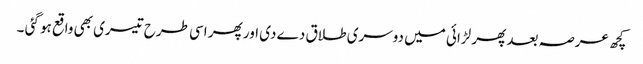
کچھ عرصہ بعد پھر لڑائی میں دوسری طلاق دے دی اور پھر اسی طرح تیسری بھی واقع ہو گئی ۔